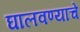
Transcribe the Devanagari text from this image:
घालवण्याचे